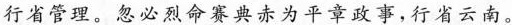
行省管理。忽必烈命赛典赤为平章政事，行省云南。